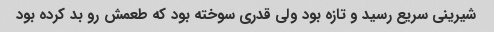
شیرینی سریع رسید و تازه بود ولی قدری سوخته بود که طعمش رو بد کرده بود